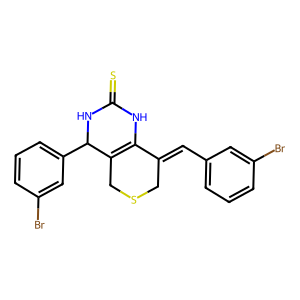
SMILES: S=C1NC2=C(CSCC2=Cc2cccc(Br)c2)C(c2cccc(Br)c2)N1
Inhibits HIV replication: No